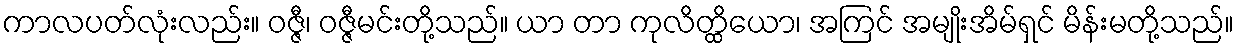
ကာလပတ်လုံးလည်း။ ဝဇ္ဇီ၊ ဝဇ္ဇီမင်းတို့သည်။ ယာ တာ ကုလိတ္ထိယော၊ အကြင် အမျိုးအိမ်ရှင် မိန်းမတို့သည်။